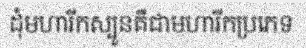
ដុំមហារីកស្បូនគឺជាមហារីកប្រភេទ